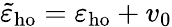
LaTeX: \tilde{\varepsilon}_{\mathrm{ho}}=\varepsilon_{\mathrm{ho}}+v_{0}